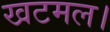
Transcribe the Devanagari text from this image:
खटमल।